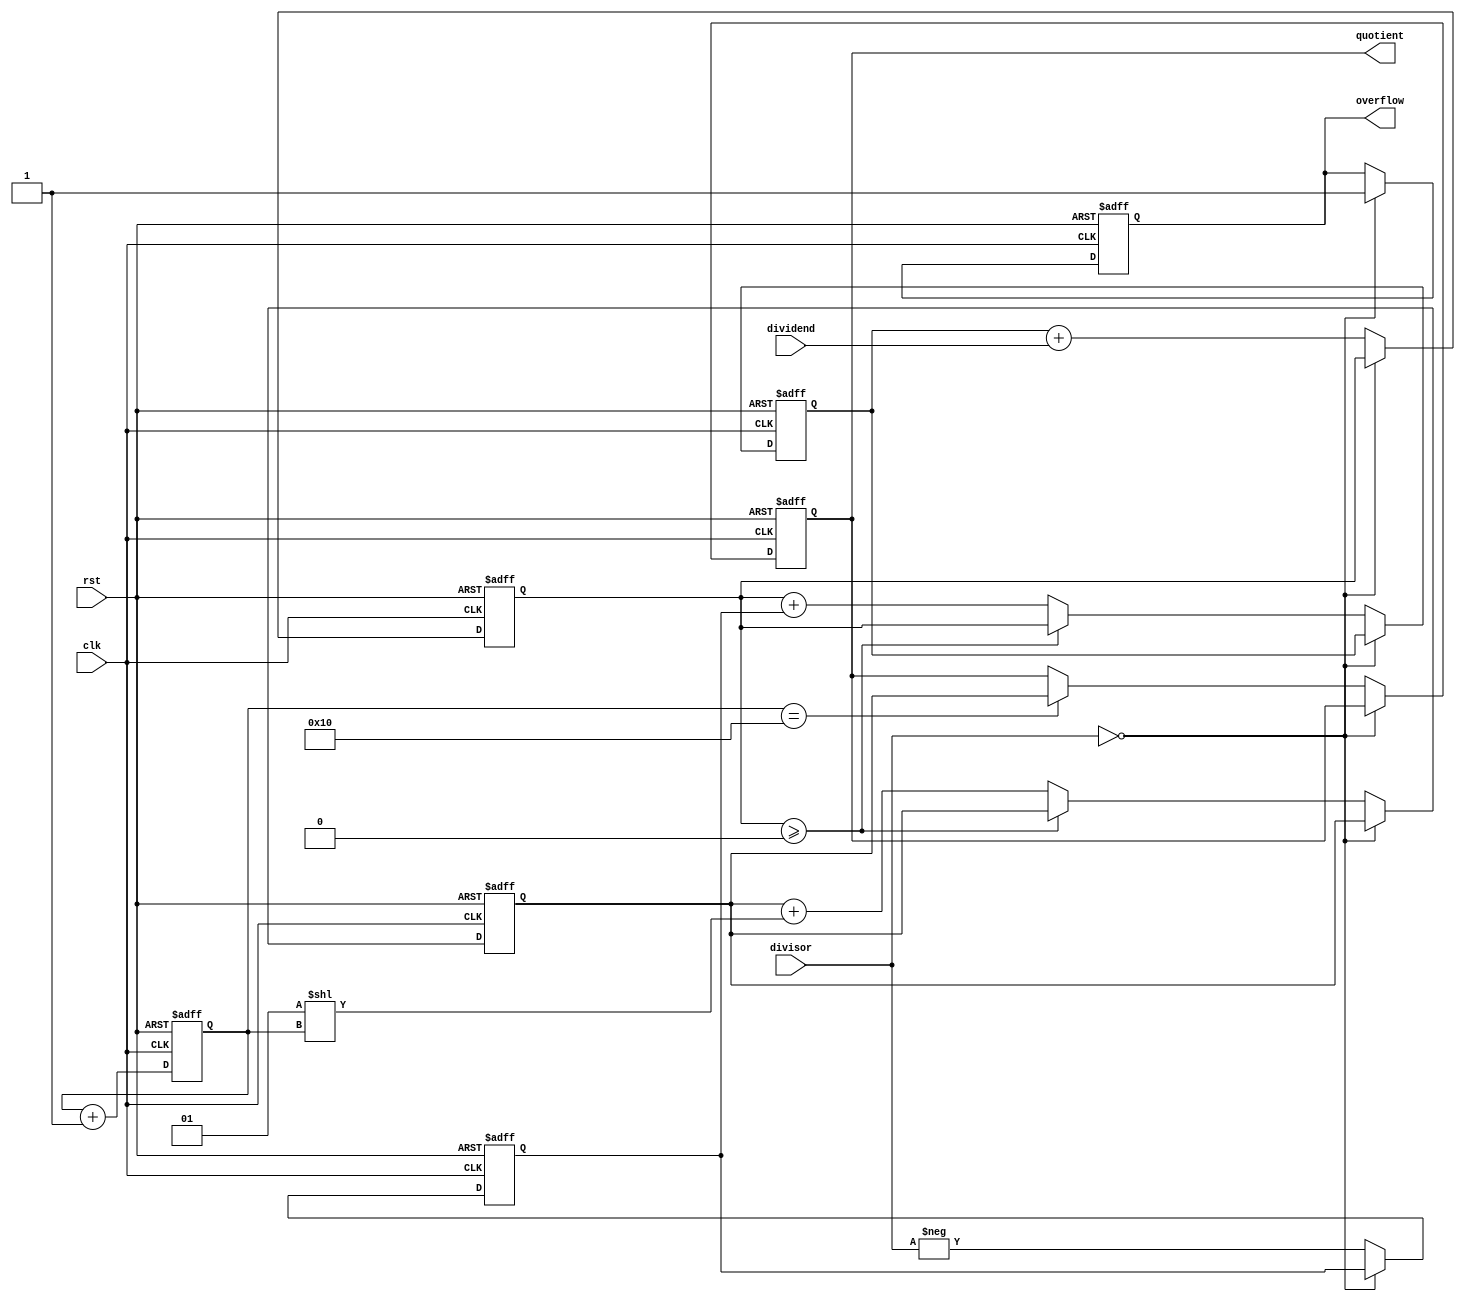
module fixed_point_divider(
    input signed [15:0] dividend,
    input signed [15:0] divisor,
    input wire clk,
    input wire rst,
    output reg signed [15:0] quotient,
    output reg overflow
);

reg signed [15:0] remainder;
reg signed [15:0] result;
reg signed [15:0] quotient_temp;
reg signed [15:0] neg_divisor;
reg [15:0] count;

always @(posedge clk or posedge rst) begin
    if (rst) begin
        quotient <= 16'b0;
        remainder <= 16'b0;
        result <= 16'b0;
        quotient_temp <= 16'b0;
        neg_divisor <= 16'b0;
        count <= 16'b0;
        overflow <= 0;
    end else begin
        count <= count + 1;
        
        if (divisor == 16'b0) begin
            overflow <= 1;
        end else begin
            neg_divisor <= -divisor;
            result <= remainder + dividend;

            if (result >= 16'b0) begin
                remainder <= result;
                quotient_temp <= quotient_temp;
            end else begin
                quotient_temp <= quotient_temp + (1 << count);
                remainder <= result + neg_divisor;
            end

            if (count == 16) begin
                quotient <= quotient_temp;
            end
        end
    end
end

endmodule